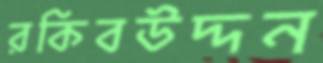
রকিবউদ্দন